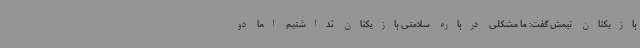
بازیکنان تیمش گفت:‌ ما مشکلی درباره سلامتی بازیکنان نداشتیم اما دو